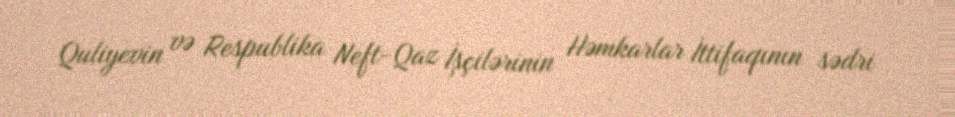
Quliyevin və Respublika Neft-Qaz İşçilərinin Həmkarlar İttifaqının sədri